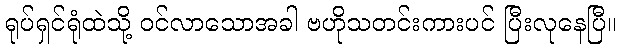
ရုပ်ရှင်ရုံထဲသို့ ဝင်လာသောအခါ ဗဟိုသတင်းကားပင် ပြီးလုနေပြီ။